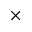
\times